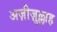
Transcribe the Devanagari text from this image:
अज़ीज़ुल्लाह